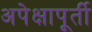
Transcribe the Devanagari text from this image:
अपेक्षापूर्ती